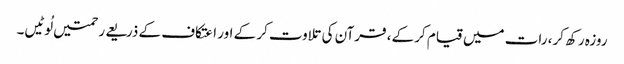
روزہ رکھ کر، رات میں قیام کر کے، قرآن کی تلاوت کر کے اور اعتکاف کے ذریعے رحمتیں لُوٹیں۔